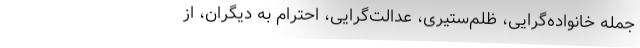
جمله خانواده‌گرایی، ظلم‌ستیری، عدالت‌گرایی، احترام به دیگران، از